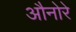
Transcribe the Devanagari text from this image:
औनोरे